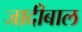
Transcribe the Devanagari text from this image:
जादीबाल